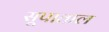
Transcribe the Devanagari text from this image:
सूपाताल